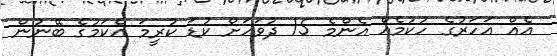
އެއް އަހަރުގެ ހުކުމެއް އެންމެ 15 ދުވަހަށް ކުޑަ ކުރީމަ އެކަމުގެ ބޭނުން